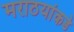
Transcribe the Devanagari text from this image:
मराठयांकडे